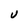
Character: U